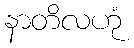
နာတိလဟုံ